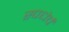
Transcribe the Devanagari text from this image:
स्पधेर्चं